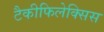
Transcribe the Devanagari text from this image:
टैकीफिलेक्सिस